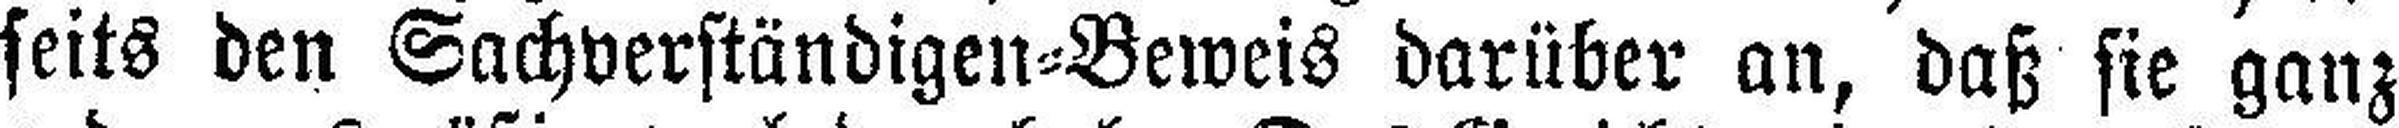
seits den Sachverständigen=Beweis darüber an, daß sie ganz